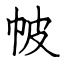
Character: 帔